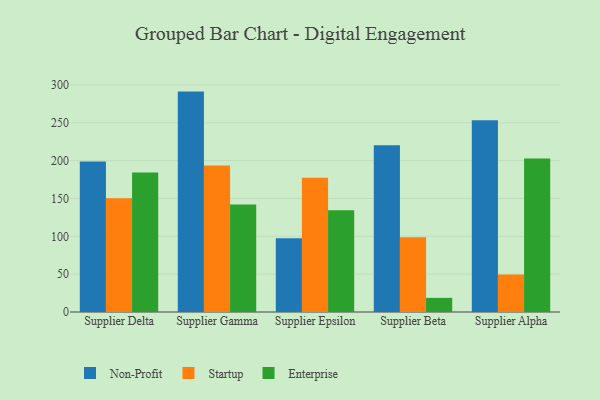
{"axis": {"x": "Supplier", "y": "Churn Rate (%)"}, "legend": ["Enterprise", "Non-Profit", "Startup"], "data": [{"x": "Supplier Delta", "y": 198.9, "type": "Non-Profit"}, {"x": "Supplier Delta", "y": 150.2, "type": "Startup"}, {"x": "Supplier Delta", "y": 184.3, "type": "Enterprise"}, {"x": "Supplier Gamma", "y": 291.2, "type": "Non-Profit"}, {"x": "Supplier Gamma", "y": 193.4, "type": "Startup"}, {"x": "Supplier Gamma", "y": 141.9, "type": "Enterprise"}, {"x": "Supplier Epsilon", "y": 97.3, "type": "Non-Profit"}, {"x": "Supplier Epsilon", "y": 177.4, "type": "Startup"}, {"x": "Supplier Epsilon", "y": 134.3, "type": "Enterprise"}, {"x": "Supplier Beta", "y": 220.4, "type": "Non-Profit"}, {"x": "Supplier Beta", "y": 98.7, "type": "Startup"}, {"x": "Supplier Beta", "y": 18.7, "type": "Enterprise"}, {"x": "Supplier Alpha", "y": 253.5, "type": "Non-Profit"}, {"x": "Supplier Alpha", "y": 49.6, "type": "Startup"}, {"x": "Supplier Alpha", "y": 202.7, "type": "Enterprise"}]}